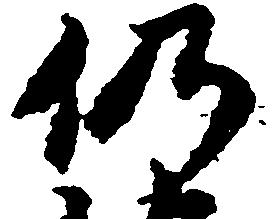
仍